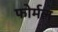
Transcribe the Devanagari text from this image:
फोर्मल